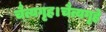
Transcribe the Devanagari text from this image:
चैत्यगृह।चैत्यगृहे